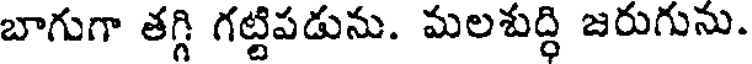
బాగుగా తగ్గి గట్టిపడును. మలశుద్ధి జరుగును.